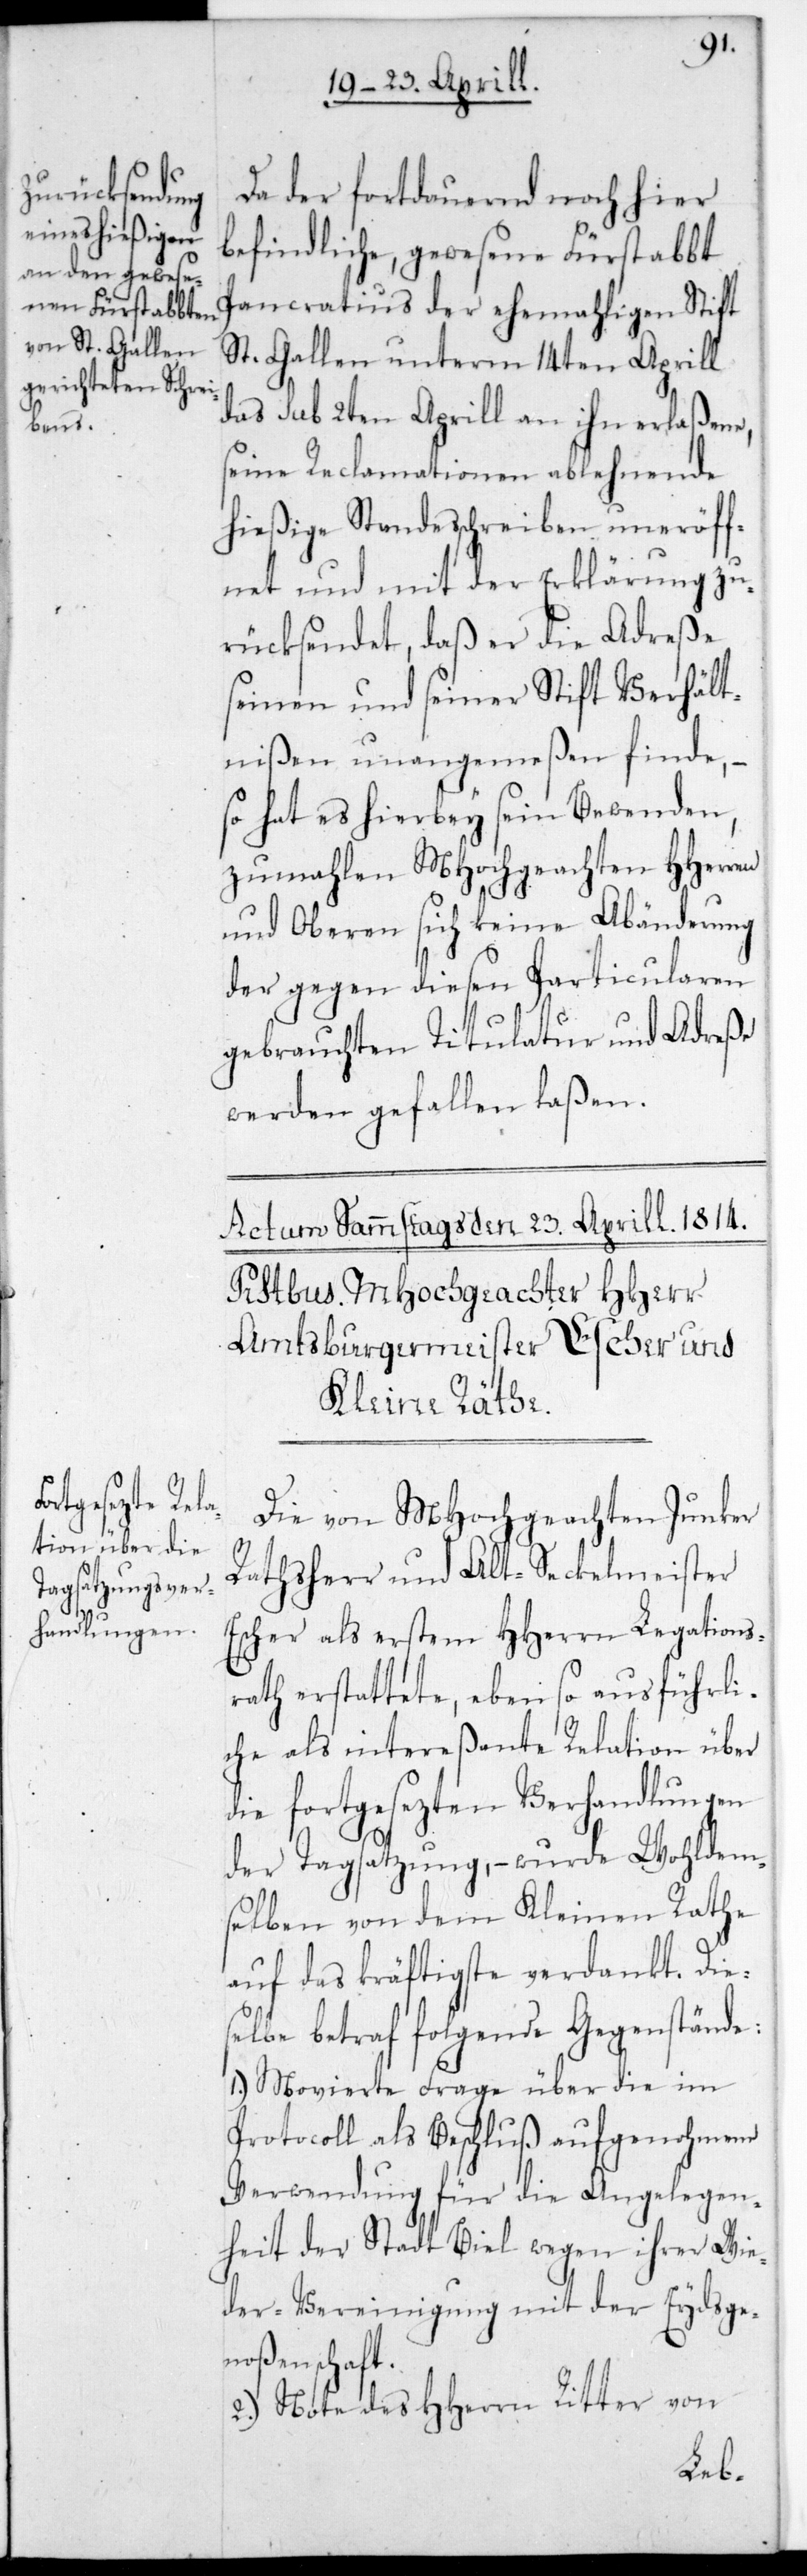
Da der fortdauernd noch hier
befindliche gewesene Fürstabbt
Pancratius der ehemaligen Stift
St. Gallen unterm 14ten Aprill,
das sub 2ten Aprill an ihn erlaßene,
seine Reclamationen ablehnende
hießige Standesschreiben uneröff¬
net und mit der Erklärung zu¬
rücksendet, daß er die Adreße
seinen und seiner Stift Verhält¬
nißen unangemeßen finde, –
so hat es hierbey sein Bewenden,
zumahlen MHochgeachten HHerren
und Oberen sich keine Abänderung
der gegen diesen Particularen
gebrauchten Titulatur und Adreße
werden gefallen laßen.
Die von MHochgeachten Junker
Rathsherr und Alt-Seckelmeister
Escher als ersten HHerrn Legations¬
rath erstattete, eben so ausführli¬
che als intereßante Relation über
die fortgesezten Verhandlungen
der Tagsatzung, – wurde Wohldem¬
selben von dem Kleinen Rathe
auf das kräftigste verdankt. Die¬
selbe betraf folgende Gegenstände:
1.) Movierte Frage über die im
Protocoll als Beschluß aufgenohmene
Verwendung für die Angelegen¬
heit der Stadt Biel wegen ihrer Wie¬
dervereinigung mit der Eydsge¬
noßenschaft.
2.) Note des HHerrn Ritter von